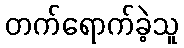
တက်ရောက်ခဲ့သူ